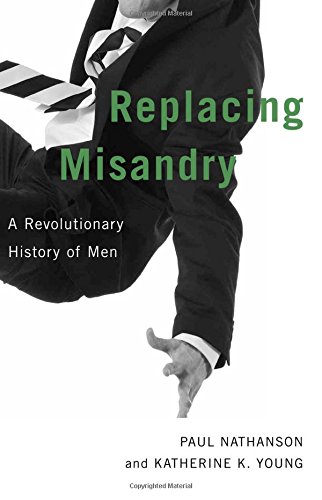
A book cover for Replacing Misandry: A Revolutionary History of Men; Paul Nathanson; Gay & Lesbian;